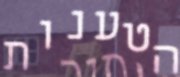
הטענות